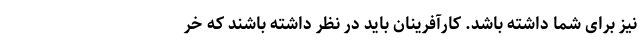
نیز برای شما داشته باشد. کارآفرینان باید در نظر داشته باشند که خر